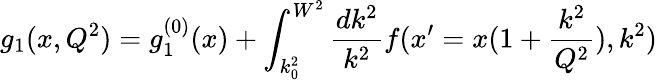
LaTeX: g_{1}(x,Q^{2})=g_{1}^{(0)}(x)+\int_{k_{0}^{2}}^{W^{2}}{\frac{dk^{2}}{k^{2}}}f(x^{\prime}=x(1+{\frac{k^{2}}{Q^{2}}}),k^{2})